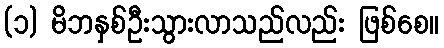
(၁) မိဘနှစ်ဦးသွားလာသည်လည်း ဖြစ်စေ။